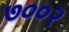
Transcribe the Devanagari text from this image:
७००२